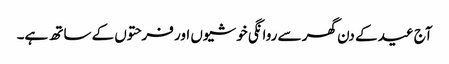
آج عید کے دن گھر سے روانگی خوشیوں اور فرحتوں کے ساتھ ہے۔